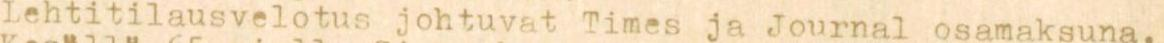
Lehtitilausvelotus johtuvat Times ja Journal osamaksuna.